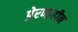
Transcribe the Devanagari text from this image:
प्रेरणाहीन